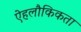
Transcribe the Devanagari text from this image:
ऐहलौकिकता